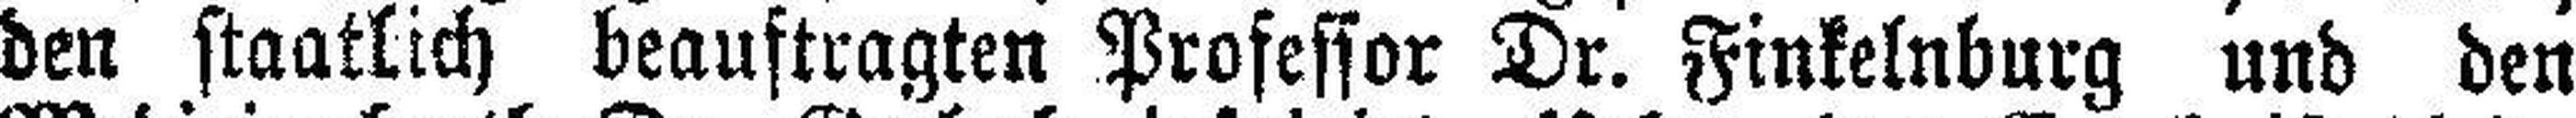
den staatlich beauftragten Professor Dr. Finkelnburg und den